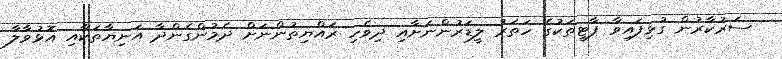
ސަރުކާރުން ގުޅިފައިވާ ޕާޓީތަކުގެ ހަތަރު ލީޑަރުންނަށާއި ދިވެހި ރައްޔިތުންނަށް ދެމުންގެންދާ އަނިޔާތަކާއި އޮޅުވާލާ